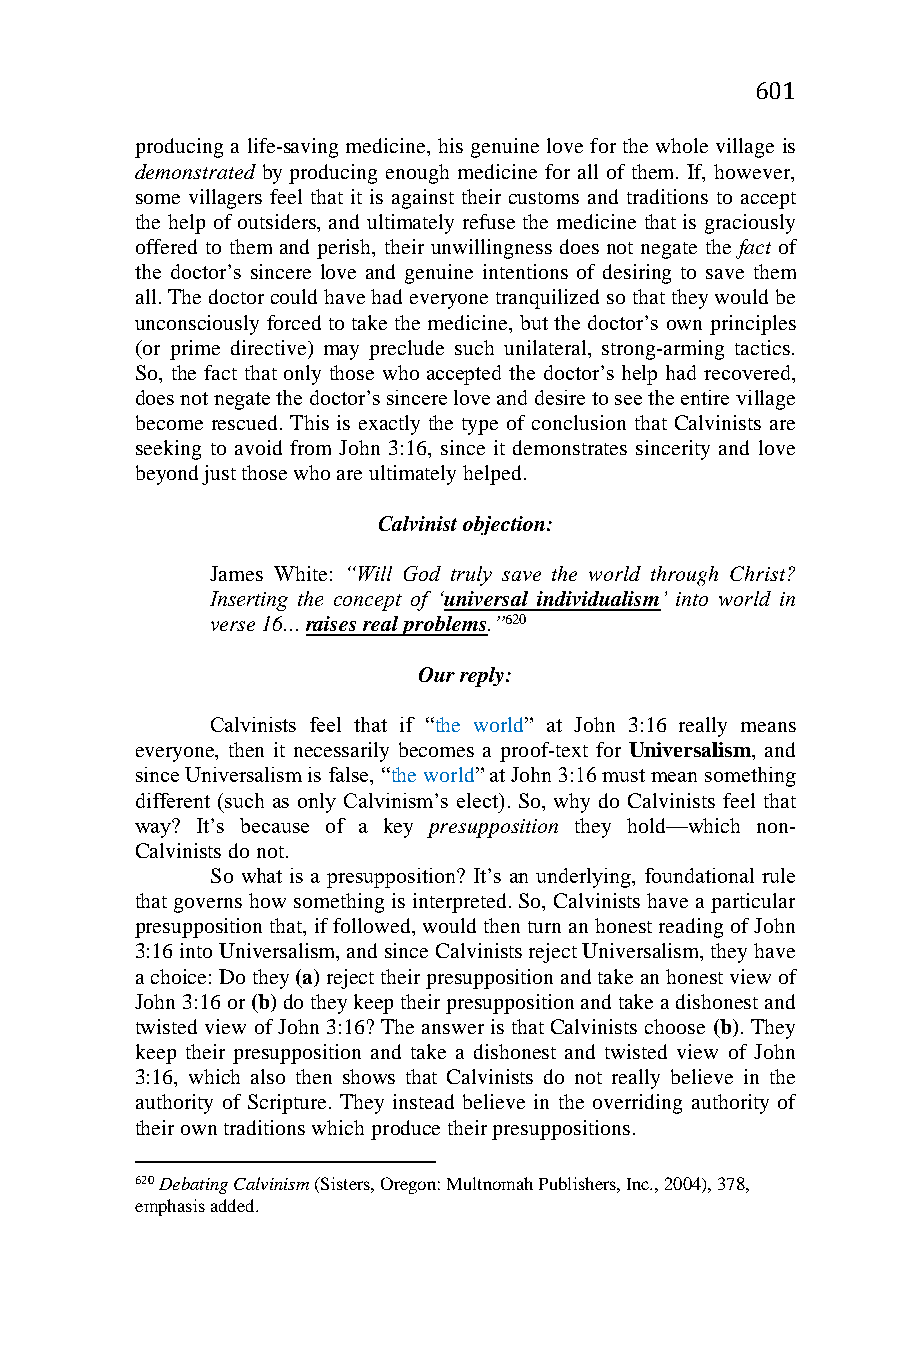
601
 producing a life-saving medicine, his genuine love for the whole village is
 demonstrated by producing enough medicine for all of them. If, however,
 some villagers feel that it is against their customs and traditions to accept
 the help of outsiders, and ultimately refuse the medicine that is graciously
 offered to them and perish, their unwillingness does not negate the fact of
 the doctor’s sincere love and genuine intentions of desiring to save them
 all. The doctor could have had everyone tranquilized so that they would be
 unconsciously forced to take the medicine, but the doctor’s own principles
 (or prime directive) may preclude such unilateral, strong-arming tactics.
 So, the fact that only those who accepted the doctor’s help had recovered,
 does not negate the doctor’s sincere love and desire to see the entire village
 become rescued. This is exactly the type of conclusion that Calvinists are
 seeking to avoid from John 3:16, since it demonstrates sincerity and love
 beyond just those who are ultimately helped.
 Calvinist objection:
 James White: “Will God truly save the world through Christ?
 Inserting the concept of ‘universal individualism’ into world in
 verse 16... raises real problems.”620
 Our reply:
 Calvinists feel that if “the world” at John 3:16 really means
 everyone, then it necessarily becomes a proof-text for Universalism, and
 since Universalism is false, “the world” at John 3:16 must mean something
 different (such as only Calvinism’s elect). So, why do Calvinists feel that
 way? It’s because of a key presupposition they hold—which non-
 Calvinists do not.
 So what is a presupposition? It’s an underlying, foundational rule
 that governs how something is interpreted. So, Calvinists have a particular
 presupposition that, if followed, would then turn an honest reading of John
 3:16 into Universalism, and since Calvinists reject Universalism, they have
 a choice: Do they (a) reject their presupposition and take an honest view of
 John 3:16 or (b) do they keep their presupposition and take a dishonest and
 twisted view of John 3:16? The answer is that Calvinists choose (b). They
 keep their presupposition and take a dishonest and twisted view of John
 3:16, which also then shows that Calvinists do not really believe in the
 authority of Scripture. They instead believe in the overriding authority of
 their own traditions which produce their presuppositions.
 620 Debating Calvinism (Sisters, Oregon: Multnomah Publishers, Inc., 2004), 378,
 emphasis added.